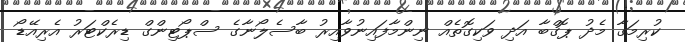
ކުރިމަގާ މެދު ޕޮގްބާ އަދި ވަކިގޮތެއް ނިންމާފައިނުވާއިރު ބާސެލޯނާގެ ސްޕޯޓިންގް ޑިރެކްޓަރު އެރިއޭޑޯ